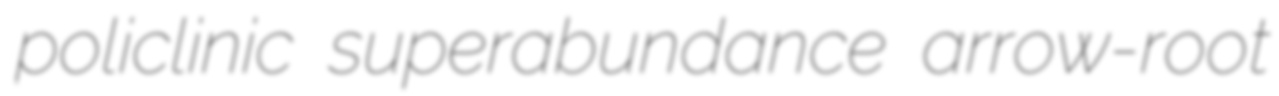
policlinic superabundance arrow-root